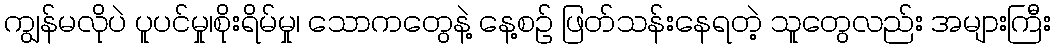
ကျွန်မလိုပဲ ပူပင်မှု၊စိုးရိမ်မှု၊ သောကတွေနဲ့ နေ့စဉ် ဖြတ်သန်းနေရတဲ့ သူတွေလည်း အများကြီး